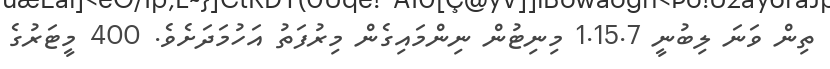
ތިން ވަނަ ލިބުނީ 1.15.7 މިނިޓުން ނިންމައިގެން މިރުފަތު އަހުމަދަށެވެ. 400 މީޓަރުގެ